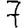
Digit: 7